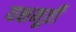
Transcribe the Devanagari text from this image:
यक्षमूर्ती